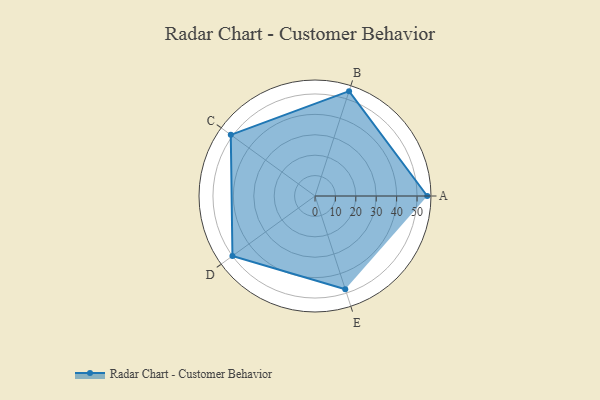
{"axis": {"x": "Skill", "y": "Score"}, "legend": ["Profile"], "data": [{"x": "A", "y": 55.0, "type": "Profile"}, {"x": "B", "y": 54.0, "type": "Profile"}, {"x": "C", "y": 51.0, "type": "Profile"}, {"x": "D", "y": 50.0, "type": "Profile"}, {"x": "E", "y": 48.0, "type": "Profile"}]}